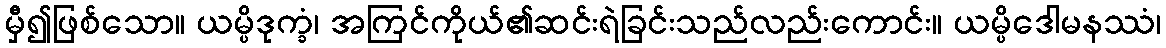
မှီ၍ဖြစ်သော။ ယမ္ပိဒုက္ခံ၊ အကြင်ကိုယ်၏ဆင်းရဲခြင်းသည်လည်းကောင်း။ ယမ္ပိဒေါမနဿံ၊